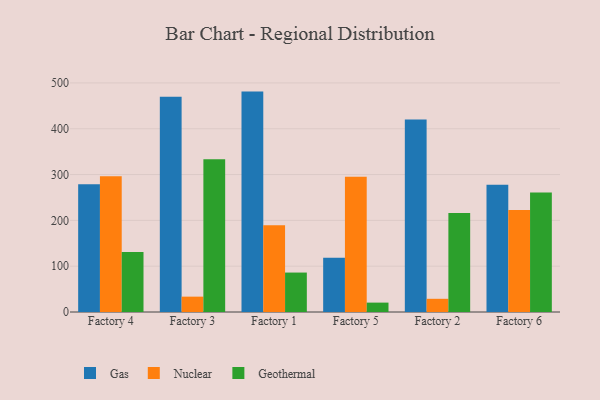
{"axis": {"x": "Factory", "y": "Customer Acquisition Cost (USD)"}, "legend": ["Gas", "Geothermal", "Nuclear"], "data": [{"x": "Factory 4", "y": 278.9, "type": "Gas"}, {"x": "Factory 4", "y": 296.1, "type": "Nuclear"}, {"x": "Factory 4", "y": 130.9, "type": "Geothermal"}, {"x": "Factory 3", "y": 469.7, "type": "Gas"}, {"x": "Factory 3", "y": 33.5, "type": "Nuclear"}, {"x": "Factory 3", "y": 333.2, "type": "Geothermal"}, {"x": "Factory 1", "y": 481.1, "type": "Gas"}, {"x": "Factory 1", "y": 189.5, "type": "Nuclear"}, {"x": "Factory 1", "y": 86.1, "type": "Geothermal"}, {"x": "Factory 5", "y": 118.6, "type": "Gas"}, {"x": "Factory 5", "y": 295.4, "type": "Nuclear"}, {"x": "Factory 5", "y": 20.5, "type": "Geothermal"}, {"x": "Factory 2", "y": 420.4, "type": "Gas"}, {"x": "Factory 2", "y": 28.8, "type": "Nuclear"}, {"x": "Factory 2", "y": 215.9, "type": "Geothermal"}, {"x": "Factory 6", "y": 277.9, "type": "Gas"}, {"x": "Factory 6", "y": 222.8, "type": "Nuclear"}, {"x": "Factory 6", "y": 260.8, "type": "Geothermal"}]}